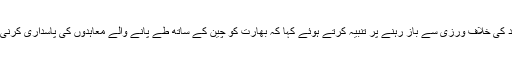
چین نے اپنے بیان میں بھارت کو لداخ کے علاقے میں سرحد کی خلاف ورزی سے باز رہنے پر تنبیہ کرتے ہوئے کہا کہ بھارت کو چین کے ساتھ طے پانے والے معاہدوں کی پاسداری کرنی چاہیے بصورت دیگر چین ردعمل کا حق محفوظ رکھتا ہے۔